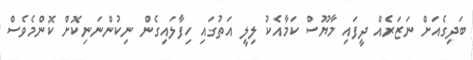
ބަދިގެއަށް ނަޒަރެއް ދީފައި މާޔޫސް ކަމާއެކު ލިލީ އަތުގައި ހިފާލައިގެން ނިކުންނަނިކޮށް ކޮންމެވެސް